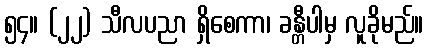
၅၄။ (၂၂) သီလပညာ ရှိစေကာ၊ ခန္တီပါမှ လူခိုမည်။